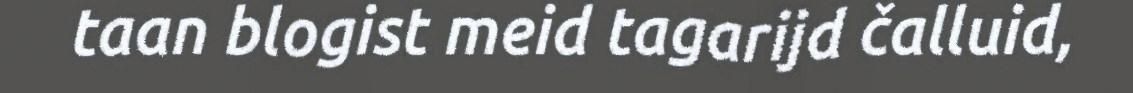
taan blogist meid tagarijd čalluid,